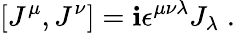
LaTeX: [J^{\mu},J^{\nu}]=\mathbf{i}\epsilon^{\mu\nu\lambda}J_{\lambda}\; .